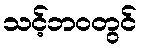
သင့်ဘဝတွင်